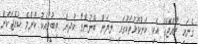
ގެނައީ ރާއްޖޭގެ އެކި ކަންކޮޅުތަކުގައި ލިޔަން ބޭނުންވާ ކުދިން ތިބުމާއެކު ކޮންމެ ކުއްޖަކަށް